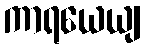
ကာရယေယျ